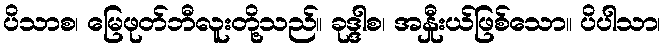
ပိသာစ၊ မြေဖုတ်ဘီလူးတို့သည်။ ခုဒ္ဒါစ၊ အနှီုးယ်ဖြစ်သော။ ပိပါသာ၊